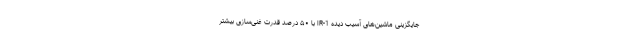
جایگزینی ماشین‌های آسیب دیده IR-1 با ۵۰ درصد قدرت غنی‌سازی بیشتر